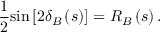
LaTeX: \frac { 1 } { 2 } \mathrm { { s i n } } \left[ 2 \delta _ { B } \left( s \right) \right] = R _ { B } \left( s \right) .